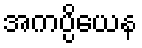
အကပ္ပိယေန